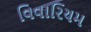
વિવારિયમ